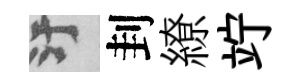
污刲繚竚